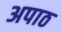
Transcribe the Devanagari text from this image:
अपाठ